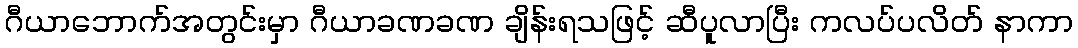
ဂီယာဘောက်အတွင်းမှာ ဂီယာခဏခဏ ချိန်းရသဖြင့် ဆီပူလာပြီး ကလပ်ပလိတ် နာကာ